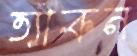
ত্যাকন